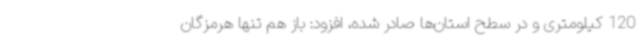
120 کیلومتری و در سطح استان‌ها صادر شده، افزود: باز هم تنها هرمزگان